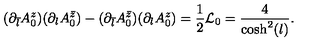
( \partial _ { \bar { l } } A _ { 0 } ^ { z } ) ( \partial _ { l } A _ { 0 } ^ { \bar { z } } ) - ( \partial _ { \bar { l } } A _ { 0 } ^ { \bar { z } } ) ( \partial _ { l } A _ { 0 } ^ { z } ) = \frac { 1 } { 2 } { \cal L } _ { 0 } = \frac { 4 } { \cosh ^ { 2 } ( l ) } .